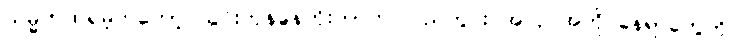
သမ္မတထရမ့်ကတော့ သွင်းကုန်ခွန်တိုးတာက ပြည်တွင်း အလုပ်အကိုင်နေရာတွေကို